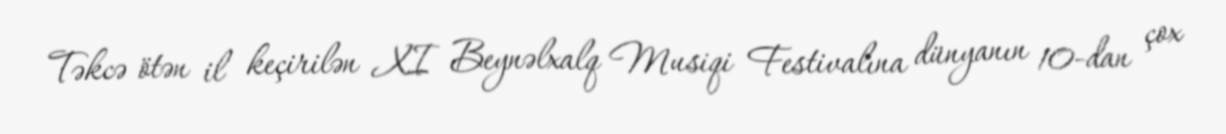
Təkcə ötən il keçirilən XI Beynəlxalq Musiqi Festivalına dünyanın 10-dan çox